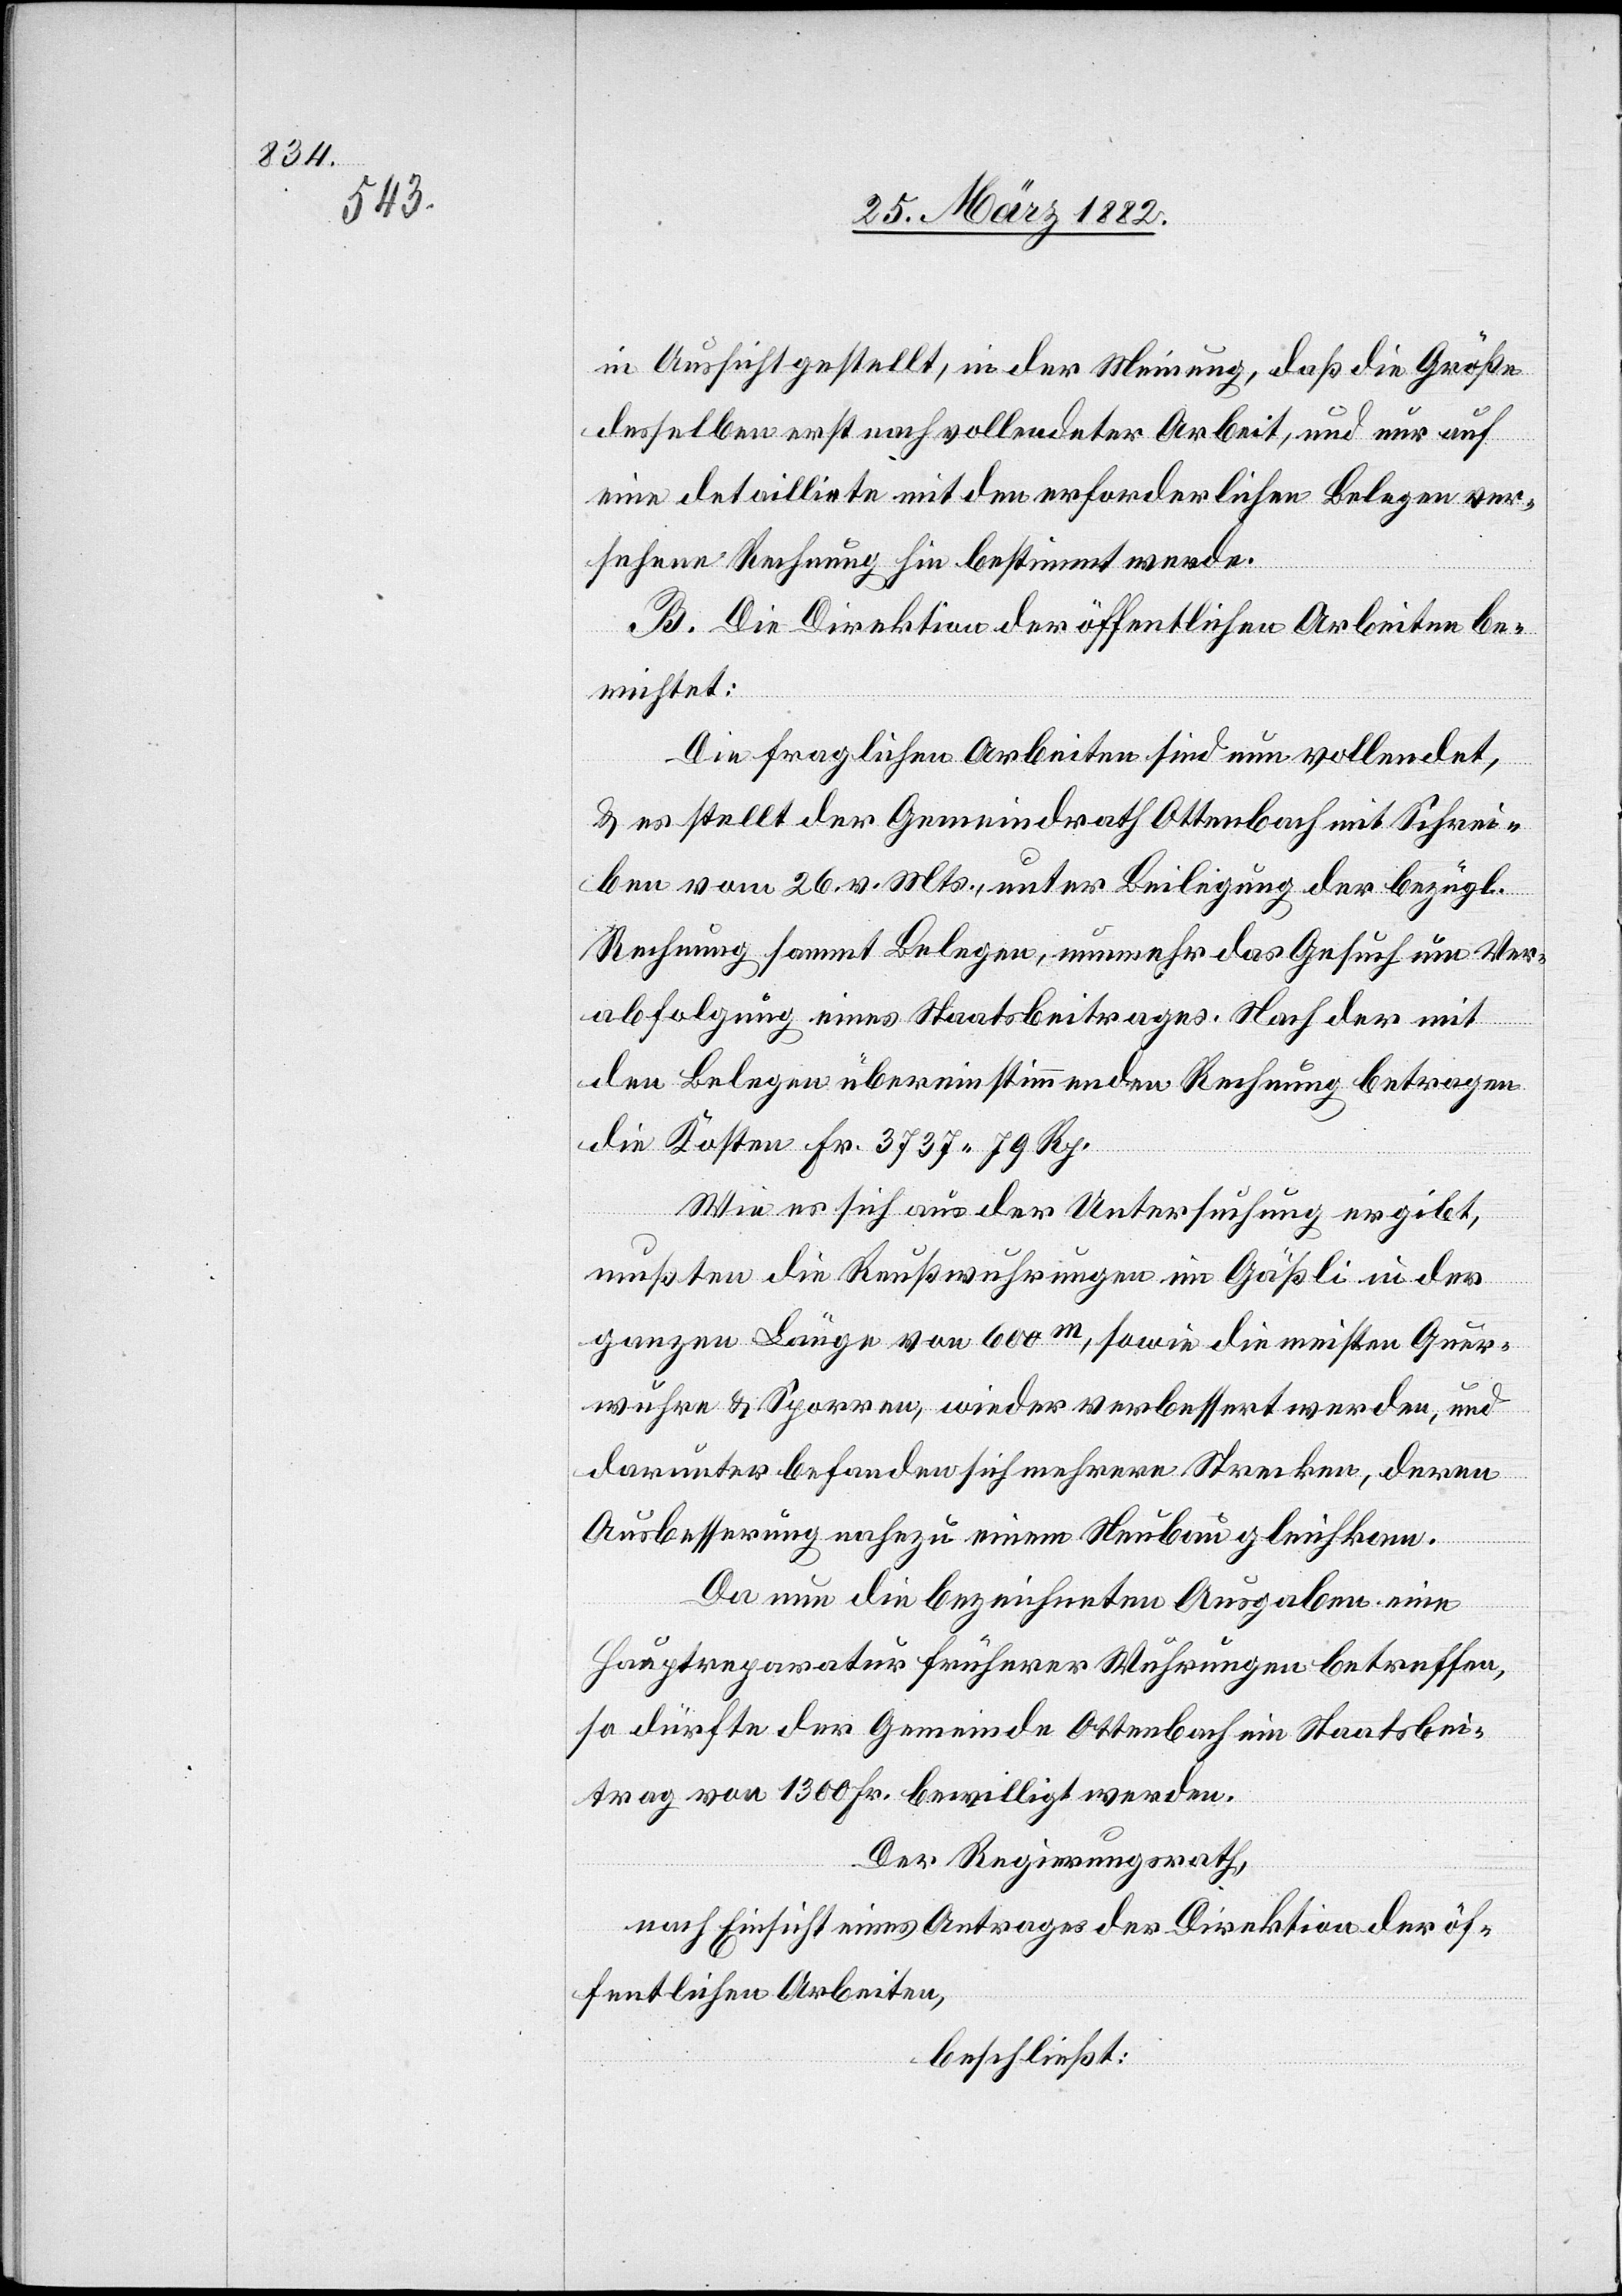
in Aussicht gestellt, in der Meinung, daß die Größe
desselben erst nach vollendeter Arbeit, und nur auf
eine detaillirte mit den erforderlichen Belegen ver¬
sehenen Rechnung hin bestimmt werde.
B. Die Direktion der öffentlichen Arbeiten be¬
richtet:
Die fragliche Arbeiten sind nun vollendet,
& es stellt der Gemeindrath Ottenbach mit Schrei¬
ben vom 26. v. Mts., unter Beilegung der bezügl.
Rechnung sammt Belegen, nunmehr das Gesuch um Ver¬
abfolgung eines Staatsbeitrages. Nach der mit
den Belegen übereinstimmenden Rechnung betragen
die Kosten Fr. 3737 79 Rp.
Wie es sich aus der Untersuchung ergibt,
mußten die Reußwuhrungen im Gäßli in der
ganzen Länge von 600 m, sowie die meisten Quer¬
wuhrungen & Sporren, wieder verbessert werden, und
darunter befanden sich mehrere Strecken, deren
Ausbesserung nahezu einem Neubau gleichkam.
Da nun die bezeichneten Ausgaben eine
Hauptreparatur früherer Wuhrungen betreffen,
so dürfe der Gemeinde Ottenbach ein Staatsbei¬
trag von 1300 Fr. bewilligt werden.
Der Regierungsrath,
nach Einsicht eines Antrages der Direktion der öf¬
fentlichen Arbeiten,
beschließt: